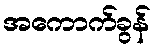
အကောက်ခွန်